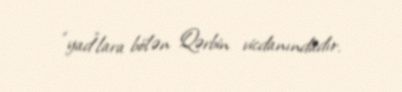
“yad”lara bölən Qərbin vicdanındadır.